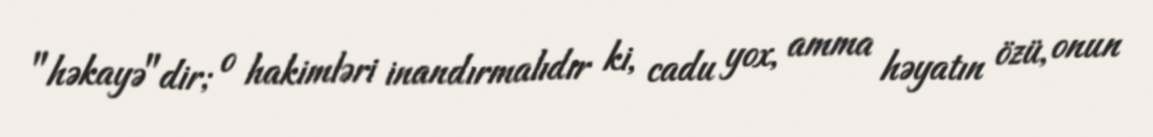
"həkayə"dir; o hakimləri inandırmalıdır ki, cadu yox, amma həyatın özü, onun